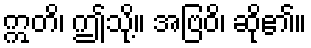
ဣတိ၊ ဤသို့။ အဗြဝိ၊ ဆို၏။